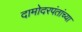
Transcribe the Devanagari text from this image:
दामोदरपंतांच्या